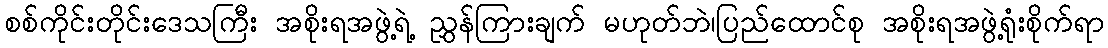
စစ်ကိုင်းတိုင်းဒေသကြီး အစိုးရအဖွဲ့ရဲ့ ညွှန်ကြားချက် မဟုတ်ဘဲ၊ပြည်ထောင်စု အစိုးရအဖွဲ့ရုံးစိုက်ရာ